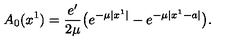
A _ { 0 } ( x ^ { 1 } ) = { \frac { e ^ { \prime } } { 2 \mu } } \big ( e ^ { - \mu | x ^ { 1 } | } - e ^ { - \mu | x ^ { 1 } - a | } \big ) .